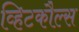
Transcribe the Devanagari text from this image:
व्हिटकौल्स